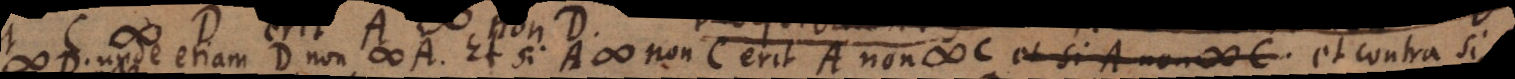
unde etiam D non # A. Et si A # non C erit A non # C et contra si